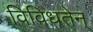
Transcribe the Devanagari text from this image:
विविधतेन्